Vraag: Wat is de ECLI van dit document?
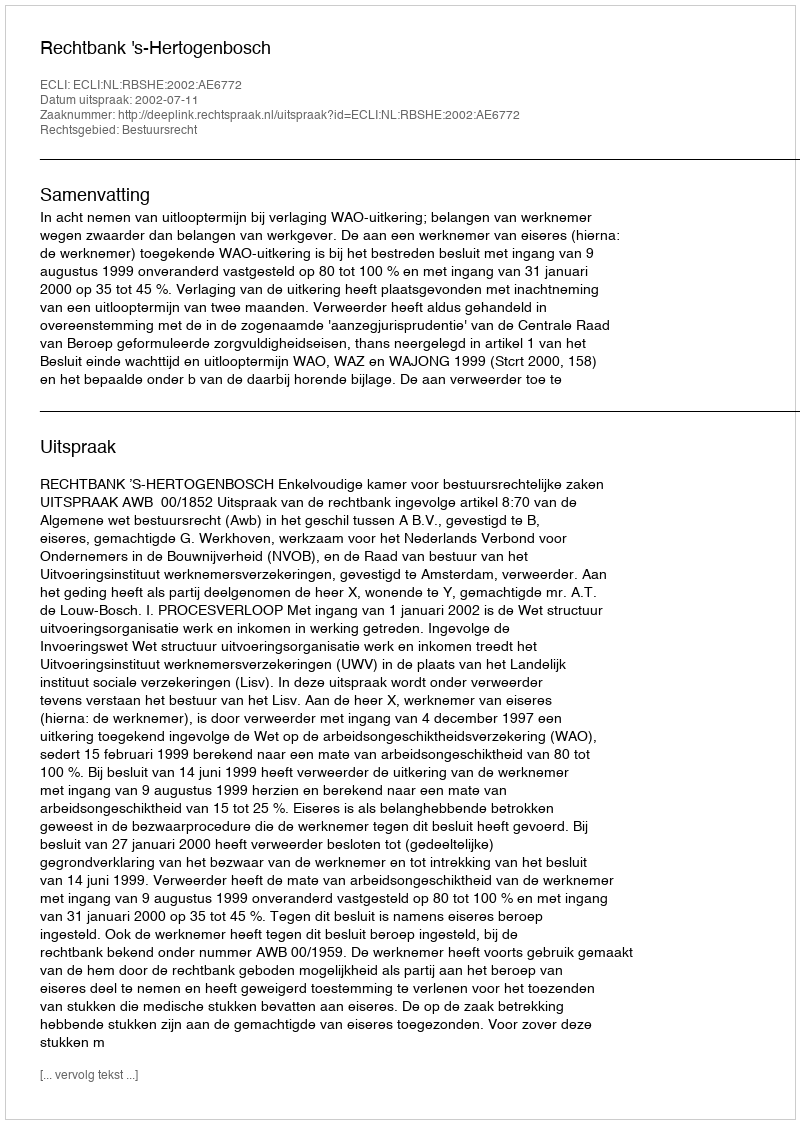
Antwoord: ECLI:NL:RBSHE:2002:AE6772